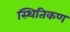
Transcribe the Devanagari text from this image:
स्थितिकण